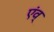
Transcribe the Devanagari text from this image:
एंव्